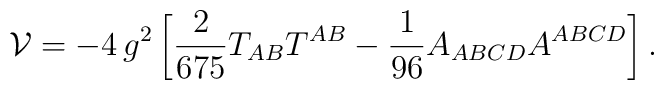
\mathcal{V}=-4 \, g^2\left[{2\over 675}T_{AB}T^{AB}-{1\over 96}A_{ABCD}A^{ABCD}\right].